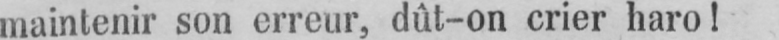
maintenir son erreur, dût-on crier haro!